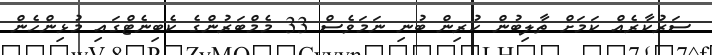
ސަރުކާރެއް ކަމަށް ތާލިބުން ކުރިން ބުނި ނަމަވެސް 33 މެމްބަރުންގެ ކެބިނެޓްގައި މުޅިންހެން